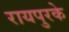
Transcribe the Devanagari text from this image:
रायपुरके